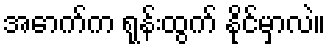
အောက်က ရုန်းထွက် နိုင်မှာလဲ။